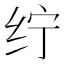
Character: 𱺖